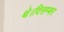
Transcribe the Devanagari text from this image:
थे।दिसम्बर